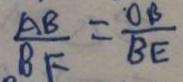
\frac { A B } { B E } = \frac { O B } { B E }